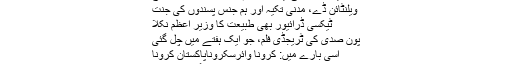
18ویں صدی کی ایک نامعلوم خاتون کا عورت مارچ
ویلنٹائن ڈے، مدنی تکیہ اور ہم جنس پسندوں کی جنت
ٹیکسی ڈرائیور بھی طبیعت کا وزیرِ اعظم نکلا
پون صدی کی ٹریجڈی فلم، جو ایک ہفتے میں چل گئی
اسی بارے میں: کرونا وائرسکروناپاکستان کرونا
یہ رانگ نمبر ہے؟